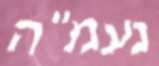
נעמ"ה